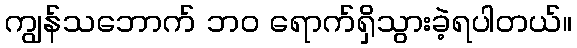
ကျွန်သဘောက် ဘ၀ ရောက်ရှိသွားခဲ့ရပါတယ်။